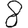
Digit: 8